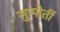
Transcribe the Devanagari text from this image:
सुप्पोर्तीं